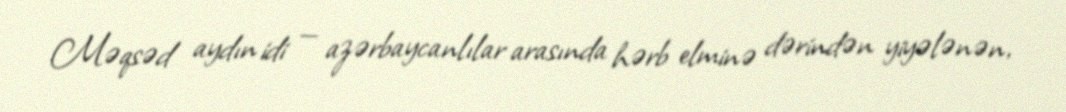
Məqsəd aydın idi — azərbaycanlılar arasında hərb elminə dərindən yiyələnən,